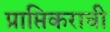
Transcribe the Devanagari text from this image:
प्राप्तिकराची